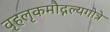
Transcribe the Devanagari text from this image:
वृहलृकमौद्गल्यगोत्रे